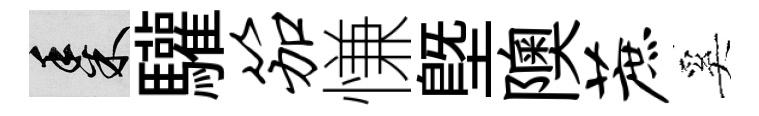
黍驩笳慊塈隩蔗奚